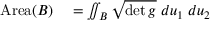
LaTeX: \begin{array} { r l } { { \mathrm { A r e a } } ( B ) } & { { } = \iint _ { B } { \sqrt { \operatorname* { d e t } g } } \; d u _ { 1 } \; d u _ { 2 } } \end{array}